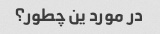
در مورد ین چطور؟